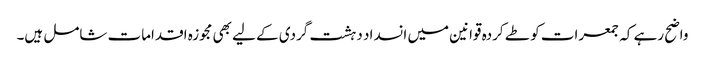
واضح رہے کہ جمعرات کو طے کردہ قوانین میں انسداد دہشت گردی کے لیے بھی مجوزہ اقدامات شامل ہیں۔